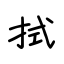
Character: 拭